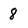
Character: 8